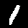
Digit: 1